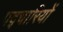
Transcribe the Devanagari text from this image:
पद्चारियों